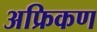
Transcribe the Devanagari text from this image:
अफ्रिकण